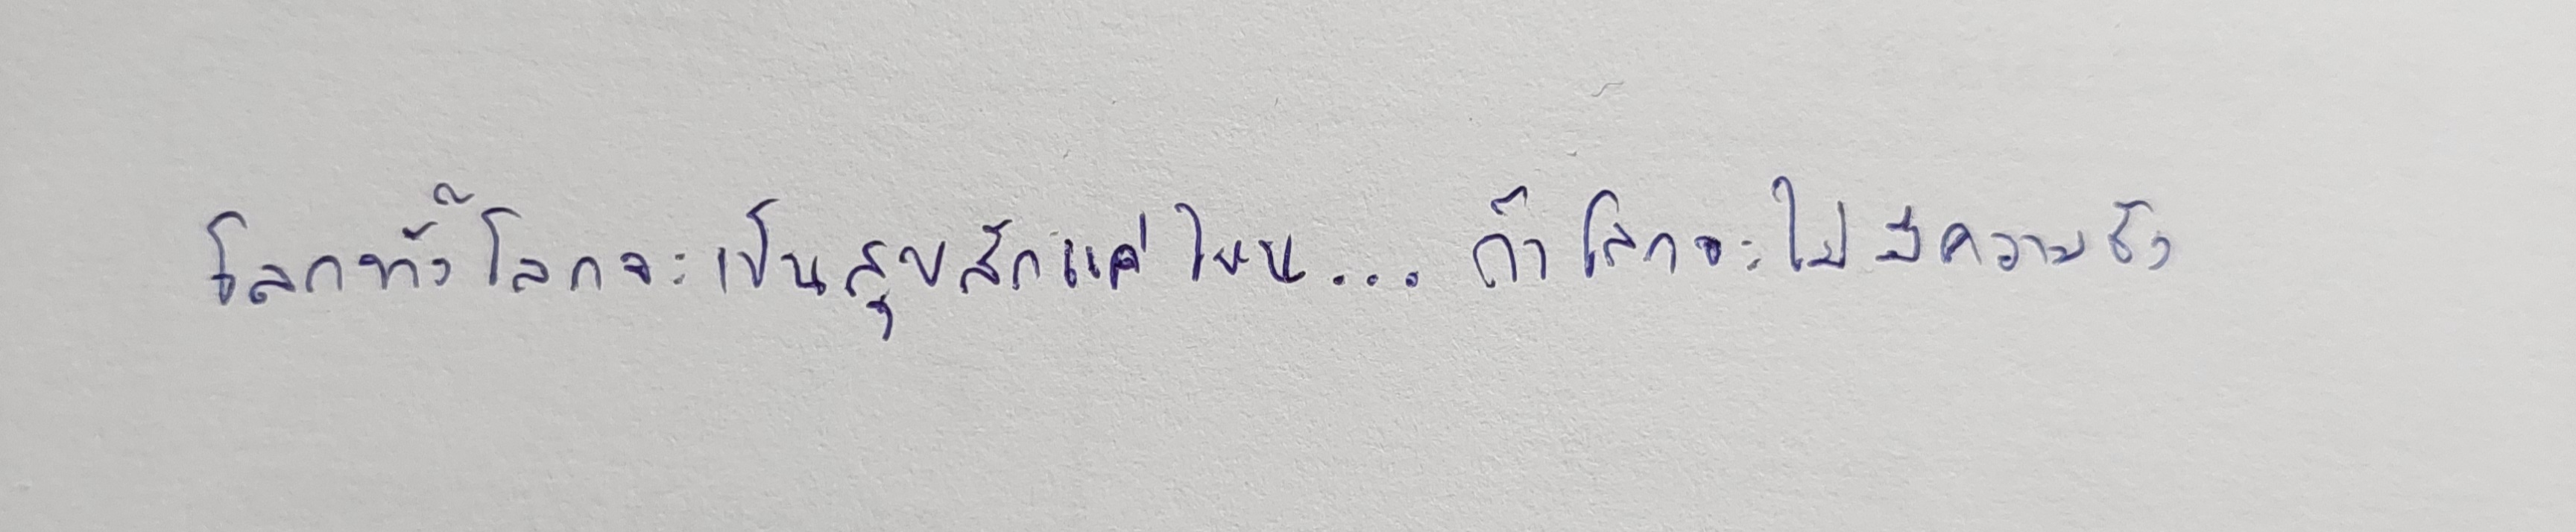
โลกทั้งโลกจะเป็นสุขสักแค่ไหน...ถ้าโลกจะไม่มีความชัง